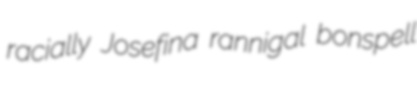
racially Josefina rannigal bonspell